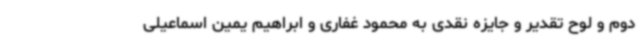
دوم و لوح تقدیر و جایزه نقدی به محمود غفاری و ابراهیم یمین اسماعیلی